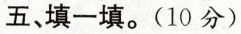
五、填一填。(10分)